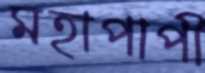
মহাপাপী